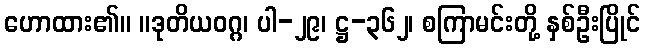
ဟောထား၏။ ။ဒုတိယဝဂ္ဂ၊ ပါ-၂၉၊ ဋ္ဌ-၃၆၂၊ စကြာမင်းတို့ နှစ်ဦးပြိုင်